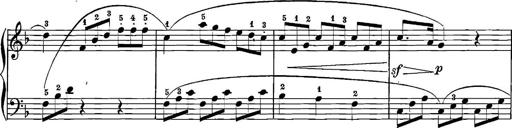
Title: 12 Sonatinas
Composer: Ignaz Pleyel